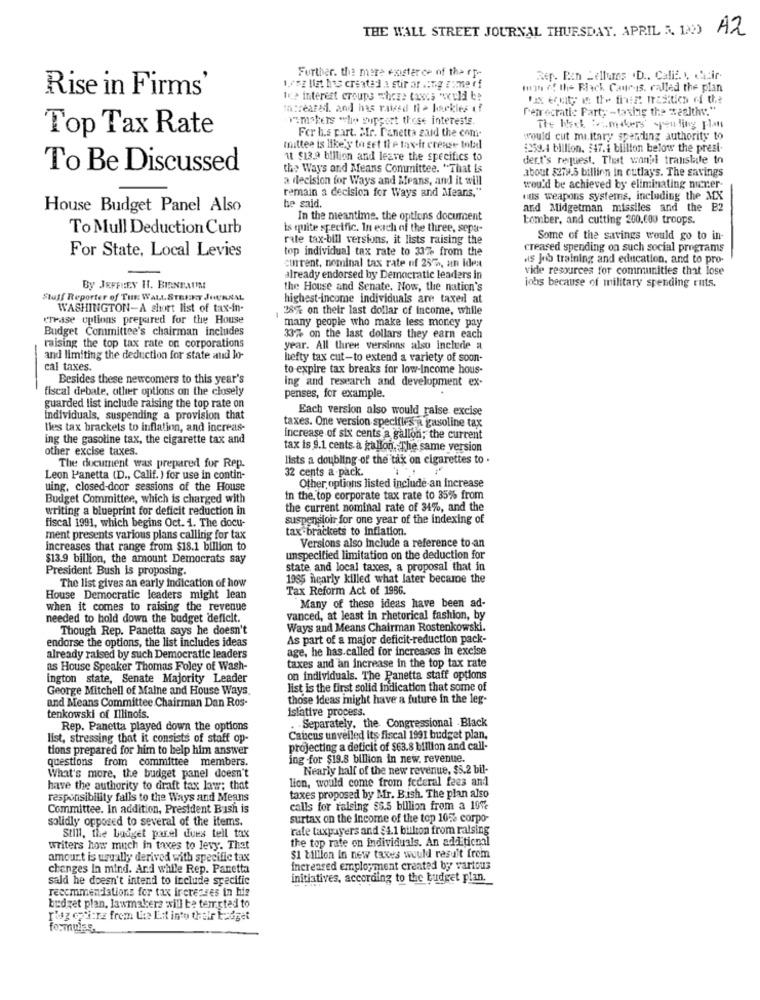
THE WALL STREET JOURNAL THURSDAY, APRIL 5. 122)
A2
Further. the mere existerce of the rf-
Rep. Pan Lellums . D ., Calif. y, chair-
Rise in Firms'
Lesz list has created a stir arsing comme df
fin of the Black Caucus, called the plan
the interest croups where taxca would be
Ixx fruty is the ther frasitich of the
Increased. and has raised ni > hackles of
Perrocratic Party -taxhig the wealthy."
v.makers "lo support these interests.
Top Tax Rate
For his part. MIr. Panetta zaid the com.
The heck Bombers spouting Flat
would cut military spending authority to
mittee is like'y to get the tax-it crease total
$258.4 billion. $47.1 billion below the presi-
11 913.9 billion and leave the specifics to
dert's request. That won't translate to
To Be Discussed
the Ways and Means Committee. "That Is
about $279.5 billion In cutlay's. The savings
a decision for Ways and Means, and it will
remain a decision for Ways and Means,"
wou'd be achieved by eliminating niner
nus weapons systems, including the MEX
House Budget Panel Also
he said.
and Midgetman missiles and the B2
In the meantime. the options document
Lomber, and cutting 200,600 troops.
To Mull Deduction Curb
is quite specific. In each of the three, sepa-
rate tax-bill versions, it lists raising the
Some of the savings would go to in-
For State, Local Levies
top individual tax rate to 33% from the
creased spending on such social programs
.is Job training and education, and to pro-
cinrent, nominal tax rate of 25%, an idea
vide resources for communities that lose
already endorsed by Democratic leaders in
By JEFFREY IT. BIRNBAUM
the House and Senate. Now, the nation's
jobs because of military spending ruts.
Stuff Reporter of THE WALL STREET JOURNAL
highest-income individuals are taxeil at
WASHINGTON-A short list of tax-in-
38% on their last dollar of Income, while
crease options prepared for the House
Budget Committee's chairman includes
many people who make less money pay
33% on the last dollars they earn each
raising the top tax rate on corporations
year. All three versions also include a
-
and limiting the deduction for state and lo-
hefty tax cut-to extend a variety of soon-
cal taxes.
to expire tax breaks for low-income hous-
Besides these newcomers to this year's
ing and research and development ex-
fiscal debate, other options on the closely
penses, for example.
guarded list include raising the top rate on
Each version also would raise excise
Individuals, suspending a provision that
taxes. One version specifies a gasoline tax
les tax brackets to inflation, and increas-
ing the gasoline tax, the cigarette tax and
increase of six cents a gallon; the current
other excise taxes.
tax is 9.1 cents a gallon, The same version
lists a doubling of the tax on cigarettes to .
The document was prepared for Rep.
32 cents a-pack.
Leon Panetta (D ., Calif. ) for use in contin-
uing, closed-door sessions of the House
Other options listed include-an Increase
Budget Committee, which is charged with
In the top corporate tax rate to 35% from
writing a blueprint for deficit reduction in
the current nominal rate of 34%, and the
suspensioir for one year of the indexing of
fiscal 1991, which begins Oct. 1. The docu-
tax brackets to inflation.
ment presents various plans calling for tax
Versions also include a reference to an
increases that range from $18.1 billion to
$13.9 billion, the amount Democrats say
unspecified limitation on the deduction for
President Bush is proposing.
state and local taxes, a proposal that in
The list gives an early indication of how
1965 nearly killed what later became the
Tax Reform Act of 1986.
House Democratic leaders might lean
when it comes to raising the revenue
Many of these ideas have been ad-
needed to hold down the budget deficit.
vanced, at least in rhetorical fashion, by
Though Rep. Panetta says he doesn't
Ways and Means Chairman Rostenkowski.
endorse the options, the list includes ideas
As part of a major deficit-reduction pack-
age, he has.called for increases in excise
already raised by such Democratic leaders
as House Speaker Thomas Foley of Wash-
taxes and an increase in the top tax rate
ington state, Senate Majority Leader
on individuals. The Panetta staff options
George Mitchell of Maine and House Ways.
list is the first solid indication that some of
those ideas might have a future in the leg-
and Means Committee Chairman Dan Ros-
islative process.
tenkowski of Illinois.
-Separately, the Congressional Black
Rep. Panetta played down the options
list, stressing that it consists of staff op-
Caucus unveiled its fiscal 1991 budget plan.
tions prepared for him to help him answer
projecting a deficit of $63.8 billion and call-
questions from committee members.
ing -for $19.8 billion in new. revenue.
What's more, the budget panel doesn't
Nearly half of the new revenue, $5.2 bil-
lion, would come from federal fees and
have the authority to draft tax law; that
responsibility falls to the Ways and Means
taxes proposed by Mr. B.ish. The plan also
Committee. In addition, President Bush is
calls for raising $5.5 billion from a 10%
solidly opposed to several of the items.
surtax on the Income of the top 10% corpo-
rate taxpayers and $1.1 billion from raising
Still, the budget parel dues tell tax
the top rate on individuals. An ad iticml
writers how much in taxes to levy. That
amourt is usually derived with specific tax
$1 billion in new taxes would result from
changes In mind. And while Rep. Panetta
increased employment created by various
said he doesn't intend to include specific
initiatives, according to the budget plan.
recommendations for tax increases in his
budget plan, lawmakers will be tempted to
risz opicne frem Ute Est into their badget
formules